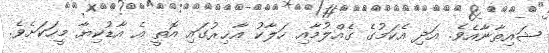
ޝައިޠާނާއެވެ. އަދި އެކަމުގެ ގެއްލުމާއި ހަލާކު އާޚިރުގައި އޮތީ އެ އާޑުކިޔާ މީހަކަށެވެ.